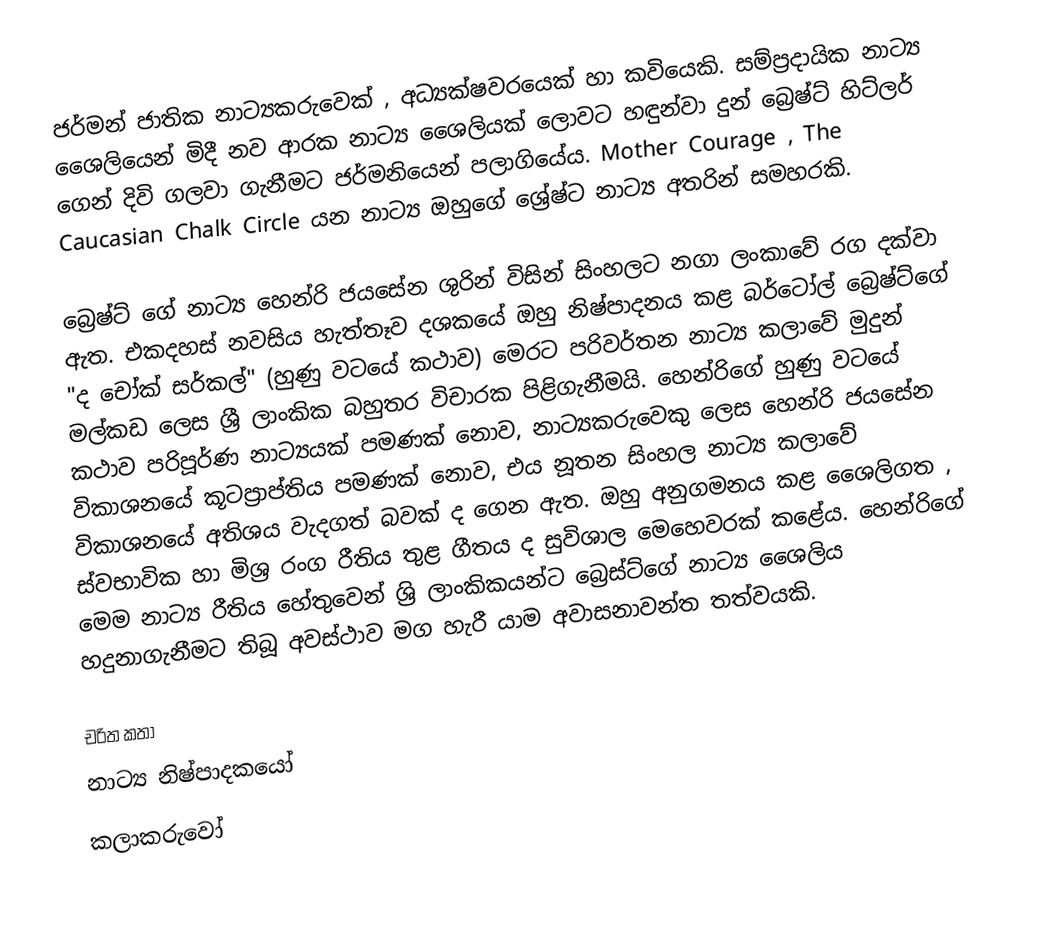
ජර්මන් ජාතික නාට්‍යකරුවෙක් , අධ්‍යක්ෂවරයෙක් හා කවියෙකි. සම්ප්‍රදායික නාට්‍ය ශෛලියෙන් මිදී නව ආරක නාට්‍ය ශෛලියක් ලොවට හඳුන්වා දුන් බ්‍රෙෂ්ට් හිට්ලර් ගෙන් දිවි ගලවා ගැනීමට ජර්මනියෙන් පලාගියේය. Mother Courage , The Caucasian Chalk Circle යන නාට්‍ය ඔහුගේ ශ්‍රේෂ්ට නාට්‍ය අතරින් සමහරකි.

බ්‍රෙෂ්ට් ගේ නාට්‍ය හෙන්රි ජයසේන ශුරින් විසින් සිංහලට නගා ලංකාවේ රග දක්වා ඇත. එකදහස් නවසිය හැත්තෑව දශකයේ ඔහු නිෂ්පාදනය කළ බර්ටෝල් බ්‍රෙෂ්ට්ගේ "ද චෝක් සර්කල්" (හුණු වටයේ කථාව) මෙරට පරිවර්තන නාට්‍ය කලාවේ මුදුන් මල්කඩ ලෙස ශ්‍රී ලාංකික බහුතර විචාරක පිළිගැනීමයි. හෙන්රිගේ හුණු වටයේ කථාව පරිපූර්ණ නාට්‍යයක් පමණක් නොව, නාට්‍යකරු‍වෙකු ලෙස හෙන්රි ජයසේන විකාශනයේ කූටප්‍රාප්තිය පමණක් නොව, එය නූතන සිංහල නාට්‍ය කලාවේ විකාශනයේ අතිශය වැදගත් බවක් ද ගෙන ඇත. ඔහු අනුගමනය කළ ශෛලිගත , ස්වභාවික හා මිශ්‍ර රංග රීතිය තුළ ගීතය ද සුවිශාල මෙහෙවරක් කළේය. හෙන්රිගේ මෙම නාට්‍ය රීතිය හේතුවෙන් ශ්‍රි ලාංකිකයන්ට බ්‍රෙස්ට්ගේ නාට්‍ය ශෛලිය හදුනාගැනීමට තිබූ අවස්ථාව මග හැරී යාම අවාසනාවන්ත තත්වයකි.

චරිත කතා
නාට්‍ය නිෂ්පාදකයෝ
කලාකරුවෝ